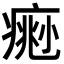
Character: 𤸨